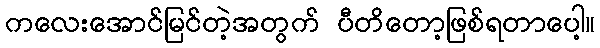
ကလေးအောင်မြင်တဲ့အတွက် ပီတိတော့ဖြစ်ရတာပေါ့။